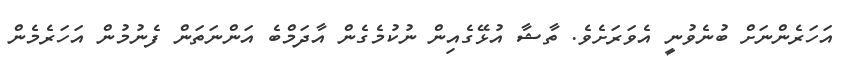
އަހަރެންނަށް ބުނެވުނީ އެވަރަށެވެ. ތާޝާ އުޅޭގެއިން ނުކުމެގެން އާދަމްބެ އަންނަތަން ފެނުމުން އަހަރެމެން